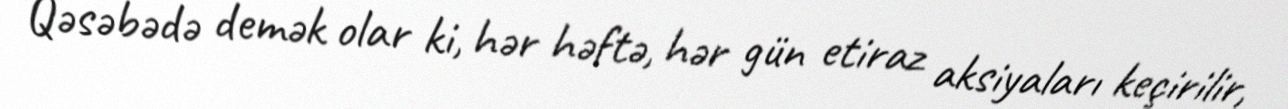
Qəsəbədə demək olar ki, hər həftə, hər gün etiraz aksiyaları keçirilir,